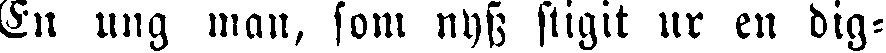
En ung man, som nyss stigit ur en dig-